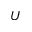
U